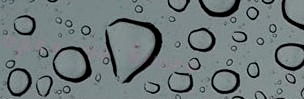
open 24 hours